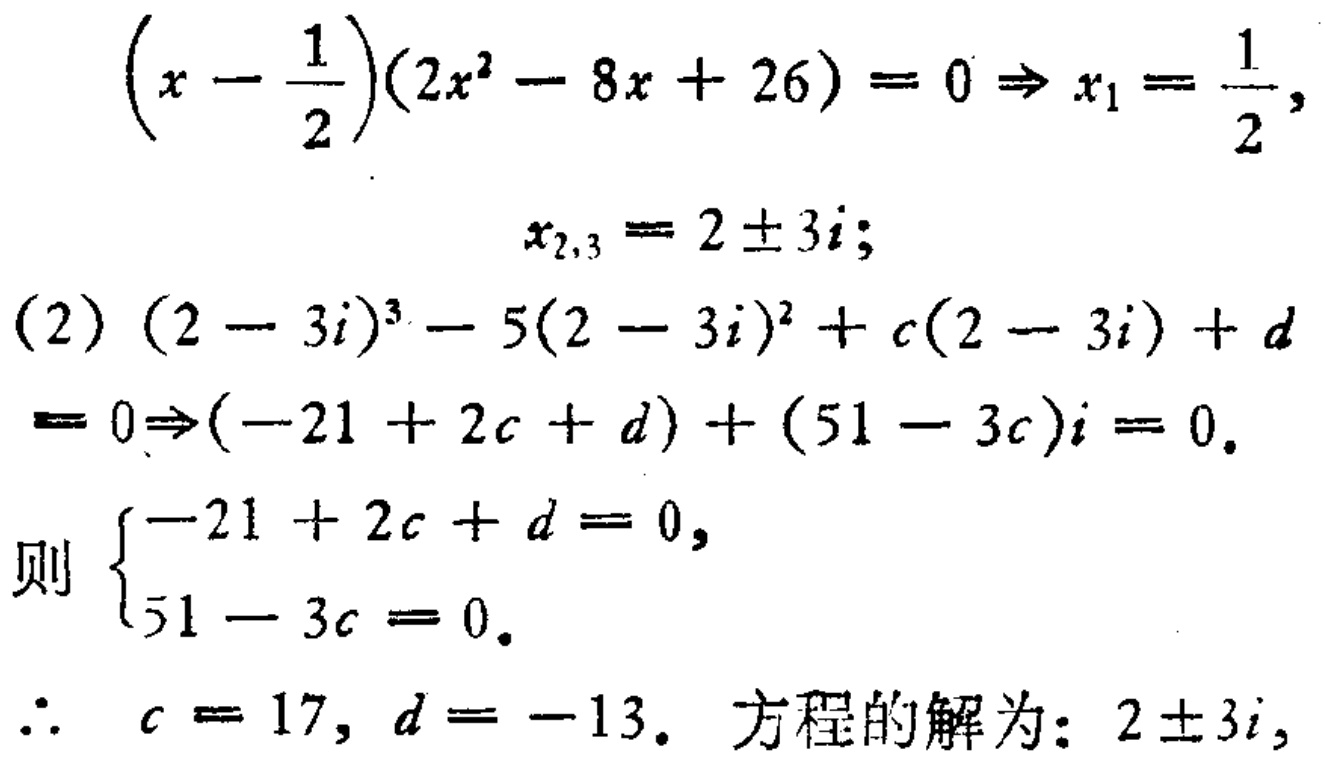
\[\left(x - \frac{1}{2}\right)(2x^{2} - 8x + 26) = 0 \Rightarrow x_{1} = \frac{1}{2},\]
\[x_{2,3} = 2 \pm 3i;\]
\[(2)\ (2 - 3i)^{3} - 5(2 - 3i)^{2} + c(2 - 3i) + d\]
\[= 0\Rightarrow(-21 + 2c + d) + (51 - 3c)i = 0.\]
\[则\ \begin{cases}-21 + 2c + d = 0,\\51 - 3c = 0.\end{cases}\]
\[\therefore\ c = 17, d = -13.\ 方程的解为：2 \pm 3i,\]